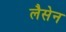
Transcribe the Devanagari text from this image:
लैसेन